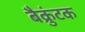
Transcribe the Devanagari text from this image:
बैक्रुंटक